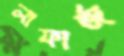
লাফার্জ